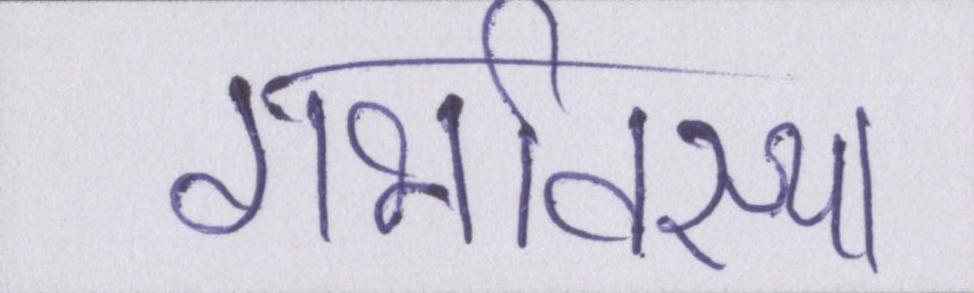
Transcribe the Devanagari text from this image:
गर्भावस्था